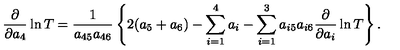
{ \frac { \partial } { \partial a _ { 4 } } } \ln T = { \frac { 1 } { a _ { 4 5 } a _ { 4 6 } } } \left\{ 2 ( a _ { 5 } + a _ { 6 } ) - \sum _ { i = 1 } ^ { 4 } a _ { i } - \sum _ { i = 1 } ^ { 3 } a _ { i 5 } a _ { i 6 } { \frac { \partial } { \partial a _ { i } } } \ln T \right\} .